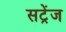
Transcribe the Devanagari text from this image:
सट्रेंज